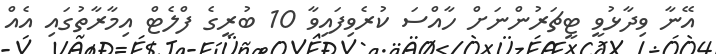
އޭނާ ވިދާޅުވީ ޓީޗަރުންނަށް ހާއްސަ ކުރެވިފައިވާ 10 ބުރީގެ ފްލެޓް އިމާރާތުގައި އެއް